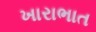
ખારાભાત